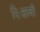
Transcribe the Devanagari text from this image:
निःस्रावी